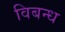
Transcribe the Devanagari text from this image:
विबन्ध